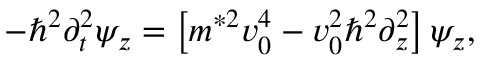
\begin{array} { r } { - \hbar ^ { 2 } \partial _ { t } ^ { 2 } \psi _ { z } = \left[ m ^ { * 2 } v _ { 0 } ^ { 4 } - v _ { 0 } ^ { 2 } \hbar ^ { 2 } \partial _ { z } ^ { 2 } \right] \psi _ { z } , } \end{array}